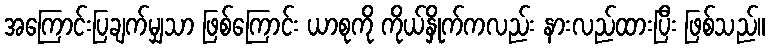
အကြောင်းပြချက်မျှသာ ဖြစ်ကြောင်း ယာစုကို ကိုယ်နှိုက်ကလည်း နားလည်ထားပြီး ဖြစ်သည်။